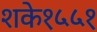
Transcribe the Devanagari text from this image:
शके१५५१